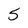
Character: 5